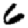
Digit: 6